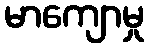
မာကျောမှု